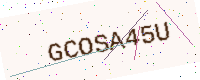
Text: GCOSA45U